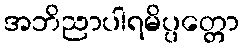
အဘိညာပါရမိပ္ပတ္တော